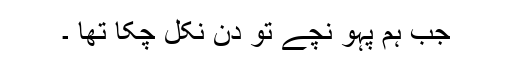
جب ہم پہو نچے تو دن نکل چکا تھا ۔